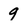
Character: 9